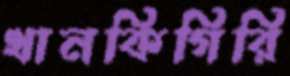
খানকিগিরি